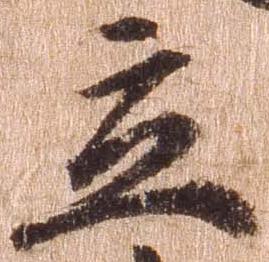
立